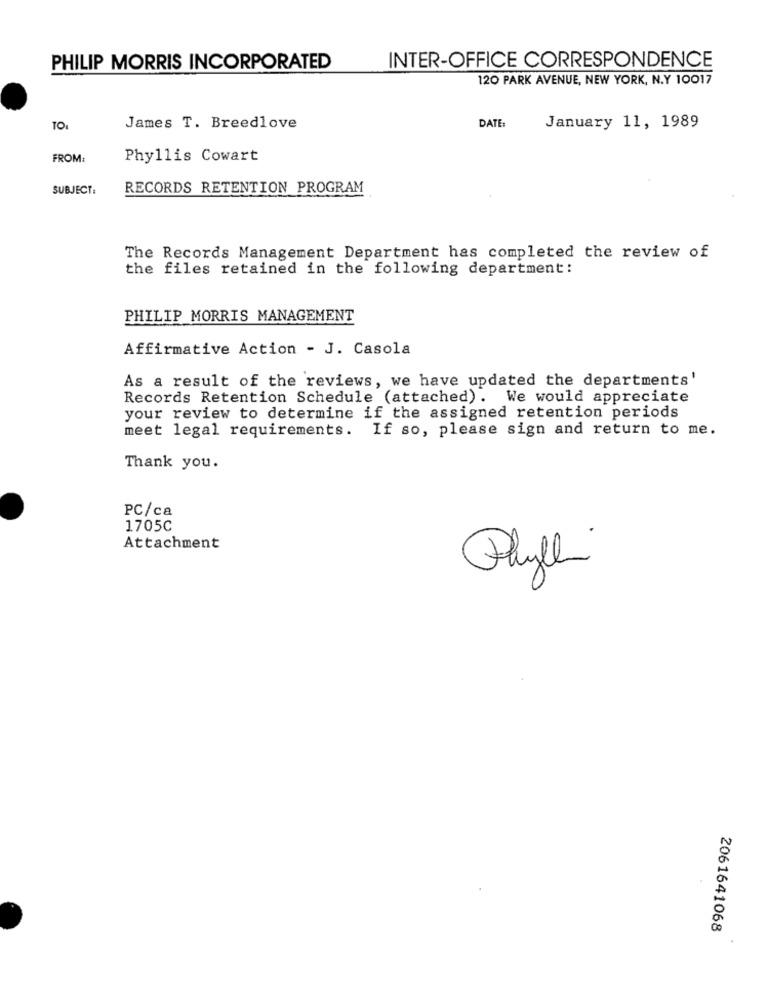
PHILIP MORRIS INCORPORATED
INTER-OFFICE CORRESPONDENCE
120 PARK AVENUE, NEW YORK, N.Y 10017
DATE:
TOI
James T. Breedlove
January 11, 1989
FROM:
Phyllis Cowart
SUBJECT:
RECORDS RETENTION PROGRAM
The Records Management Department has completed the review of
the files retained in the following department:
PHILIP MORRIS MANAGEMENT
Affirmative Action - J. Casola
As a result of the reviews, we have updated the departments'
Records Retention Schedule (attached). We would appreciate
your review to determine if the assigned retention periods
meet legal requirements.
If so, please sign and return to me.
Thank you.
PC/ca
1705C
Attachment
Phylli
2061641068